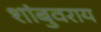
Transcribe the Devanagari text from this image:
शांबुवराय